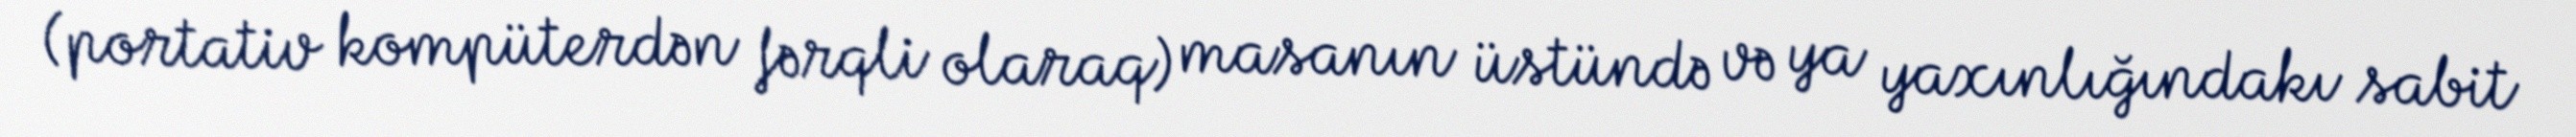
(portativ kompüterdən fərqli olaraq) masanın üstündə və ya yaxınlığındakı sabit